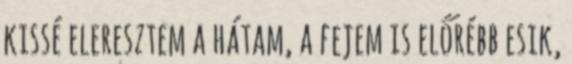
kissé eleresztem a hátam, a fejem is előrébb esik,